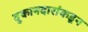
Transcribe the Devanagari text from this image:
दुकानदारांकडून